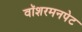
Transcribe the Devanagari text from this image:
वॉशरमनपेट